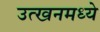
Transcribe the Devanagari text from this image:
उत्खनमध्ये